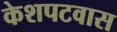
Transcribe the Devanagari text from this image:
केशपटवास